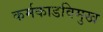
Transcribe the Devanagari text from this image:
कर्मकाडविमुख